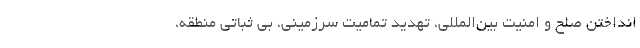
انداختن صلح و امنیت بین‌المللی، تهدید تمامیت سرزمینی، بی ثباتی منطقه،